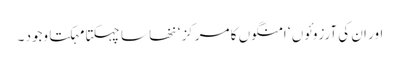
اور ان کی آرزوئوں ‘ امنگوں کا مرکز ‘ ننھا سا چہکتا مہکتا وجود ۔